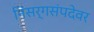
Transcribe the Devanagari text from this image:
निसर्गसंपदेवर